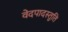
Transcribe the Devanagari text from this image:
वेदपादस्तुति